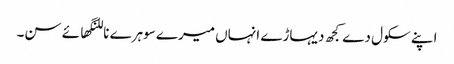
اپنے سکول دے کجھ دیہاڑے انہاں میرے سوہرے ناللنگھائے سن۔